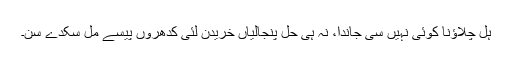
ہل چلاؤنا کوئی نہیں سی جاندا، نہ ہی حل پنجالیاں خریدن لئی کدھروں پیسے مل سکدے سن۔